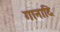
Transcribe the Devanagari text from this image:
गानादि